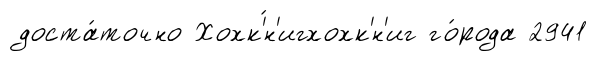
доста́точно Хохк'́н'игхохк'н'иг го́рода 2941